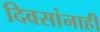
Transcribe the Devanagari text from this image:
दिवसांनाही